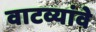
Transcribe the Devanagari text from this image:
वाटव्यांवे